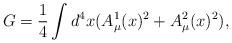
LaTeX: \begin{align*}G = \frac {1}{4} \int d^4x ( A_{\mu}^{1}(x)^2 + A_{\mu}^{2}(x)^2),\end{align*}